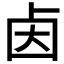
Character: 𰆃